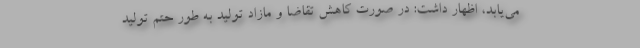
می‌یابد، اظهار داشت: در صورت کاهش تقاضا و مازاد تولید به طور حتم تولید